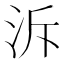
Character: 泝